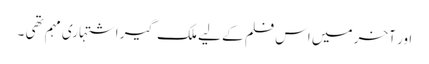
اور آخر میں اس فلم کے لیے ملک گیر اشتہاری مہم تھی ۔